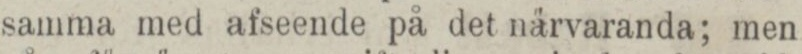
samma med afseende på det närvaranda; men